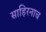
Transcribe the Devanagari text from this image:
साहिरनाच